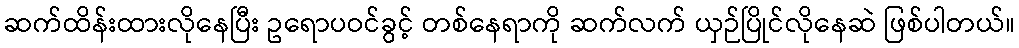
ဆက်ထိန်းထားလိုနေပြီး ဥရောပဝင်ခွင့် တစ်နေရာကို ဆက်လက် ယှဉ်ပြိုင်လိုနေဆဲ ဖြစ်ပါတယ်။